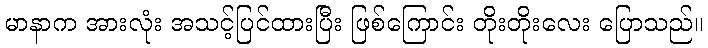
မာနာက အားလုံး အသင့်ပြင်ထားပြီး ဖြစ်ကြောင်း တိုးတိုးလေး ပြောသည်။